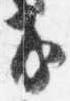
房